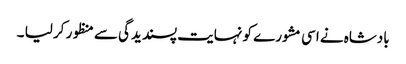
بادشاہ نے اسی مشورے کو نہایت پسندیدگی سے منظور کر لیا ۔